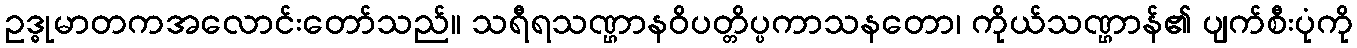
ဥဒ္ဓုမာတကအလောင်းတော်သည်။ သရီရသဏ္ဌာနဝိပတ္တိပ္ပကာသနတော၊ ကိုယ်သဏ္ဌာန်၏ ပျက်စီးပုံကို